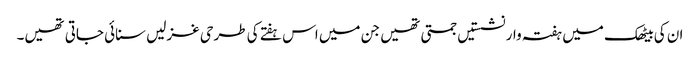
ان کی بیٹھک میں ہفتہ وار نشستیں جمتی تھیں جن میں اس ہفتے کی طرحی غزلیں سنائی جاتی تھیں۔